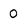
Character: 0